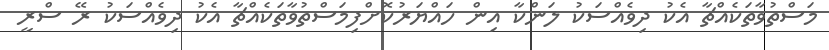
މަސްތުވާތަކެއްޗާ އެކު ދިވެއްސަކު ލަންކާ އިން ހައްޔަރުކޮށްފިމަސްތުވާތަކެއްޗާ އެކު ދިވެއްސަކު ރޭ ސްރީ